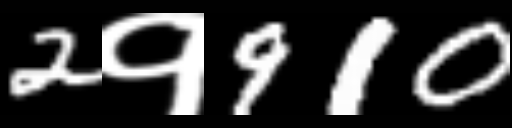
Text: 2१910